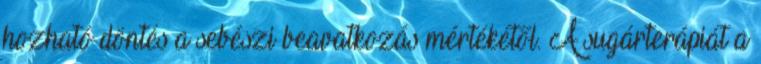
hozható döntés a sebészi beavatkozás mértékétől. A sugárterápiát a